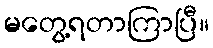
မတွေ့ရတာကြာပြီ။